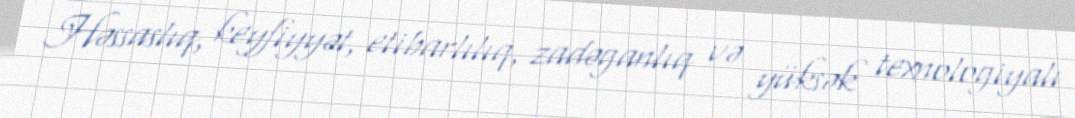
Həssaslıq, keyfiyyət, etibarlılıq, zadəganlıq və yüksək texnologiyalı